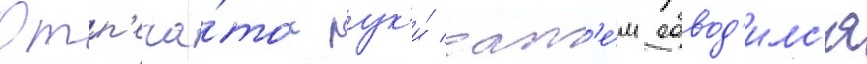
Отп'еча́ток рук'и́ зат'е́м обвод'илс'я